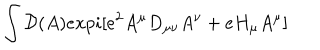
LaTeX: \int { \cal D } ( A ) e x p i [ e ^ { 2 } A ^ { \mu } D _ { \mu \nu } A ^ { \nu } + e H _ { \mu } A ^ { \mu } ]